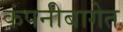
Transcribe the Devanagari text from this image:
कंपनीबागेत